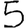
Digit: 5